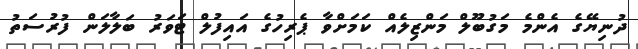
ދުނިޔޭގެ އެންމެ މަގުބޫލް މަންޒިލެއް ކަމަށްވާ ޕެރިހުގެ އައިފުލް ޓަވަރު ބަލާލަން ފުރުސަތު